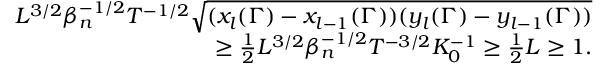
\begin{array} { r l r } & { } & { L ^ { 3 \slash 2 } \beta _ { n } ^ { - 1 \slash 2 } T ^ { - 1 \slash 2 } \sqrt { ( x _ { l } ( \Gamma ) - x _ { l - 1 } ( \Gamma ) ) ( y _ { l } ( \Gamma ) - y _ { l - 1 } ( \Gamma ) ) } } \\ & { } & { \geq \frac { 1 } { 2 } L ^ { 3 \slash 2 } \beta _ { n } ^ { - 1 \slash 2 } T ^ { - 3 \slash 2 } K _ { 0 } ^ { - 1 } \geq \frac { 1 } { 2 } L \geq 1 . } \end{array}